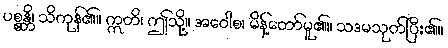
ပစ္စန္တိ၊ သိကုန်၏။ ဣတိ၊ ဤသို့။ အဝေါစ၊ မိန့်တော်မူ၏။ သဒမသုတ်ပြီး၏။